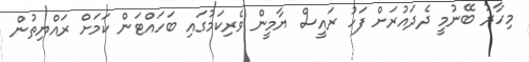
މިހާރު ބޭނުމީ ދެދައުރަށް ފަހު ރައީސް ޔާމީން ވެރިކަމުގައި ބަހައްޓަން ކަމަށް ރައްޔިތުން